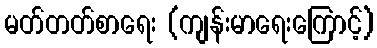
မတ်တတ်စာရေး (ကျန်းမာရေးကြောင့်)